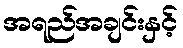
အရည်အချင်းနှင့်